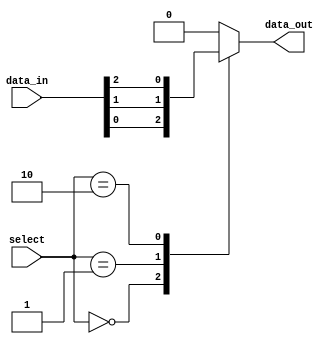
module mux_128to1 (
    input [127:0] data_in,
    input [6:0] select,
    output reg data_out
);

always @*
begin
    case (select)
        7'b0000000: data_out = data_in[0];
        7'b0000001: data_out = data_in[1];
        7'b0000010: data_out = data_in[2];
        // Add more cases for the remaining input lines
        default: data_out = 1'b0; // Default output to 0 if select value is invalid
    endcase
end

endmodule